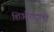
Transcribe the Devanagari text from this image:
शिओरताली